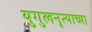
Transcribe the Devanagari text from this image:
युगुलनृत्याच्या